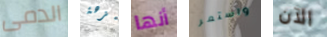
الدمى بنزهة أنها واستمر الآن